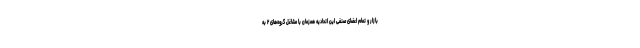
بازار و تمام اعضای صنفی این اتحادیه همزمان با مشاغل گروه‌های ۲ به